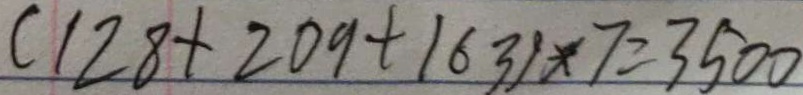
( 1 2 8 + 2 0 9 + 1 6 3 ) \times 7 = 3 5 0 0